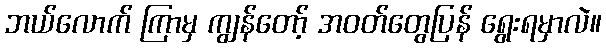
ဘယ်လောက် ကြာမှ ကျွန်တော့် အဝတ်တွေပြန် ရွေးရမှာလဲ။